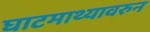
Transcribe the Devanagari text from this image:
घाटमाथ्यावरुन